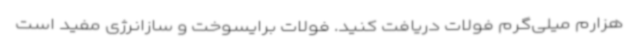
هزارم میلی‌گرم فولات دریافت کنید. فولات برایسوخت و سازانرژی مفید است